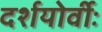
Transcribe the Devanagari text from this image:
दर्शयोर्वीः